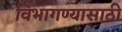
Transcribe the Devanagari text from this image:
विभागण्यासाठी